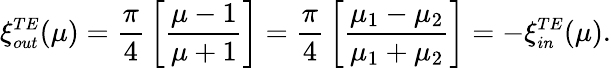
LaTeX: \xi_{\small out}^{\small TE}(\mu)={\frac{\pi}{4}}\left[{\frac{\mu-1}{\mu+1}}\right]={\frac{\pi}{4}}\left[{\frac{\mu_{1}-\mu_{2}}{\mu_{1}+\mu_{2}}}\right]=-\xi_{\small in}^{\small TE}(\mu).